Civil Veterinary Department. Central Provinces & Berar 1925-31 - 1925-1931
Year: 1925
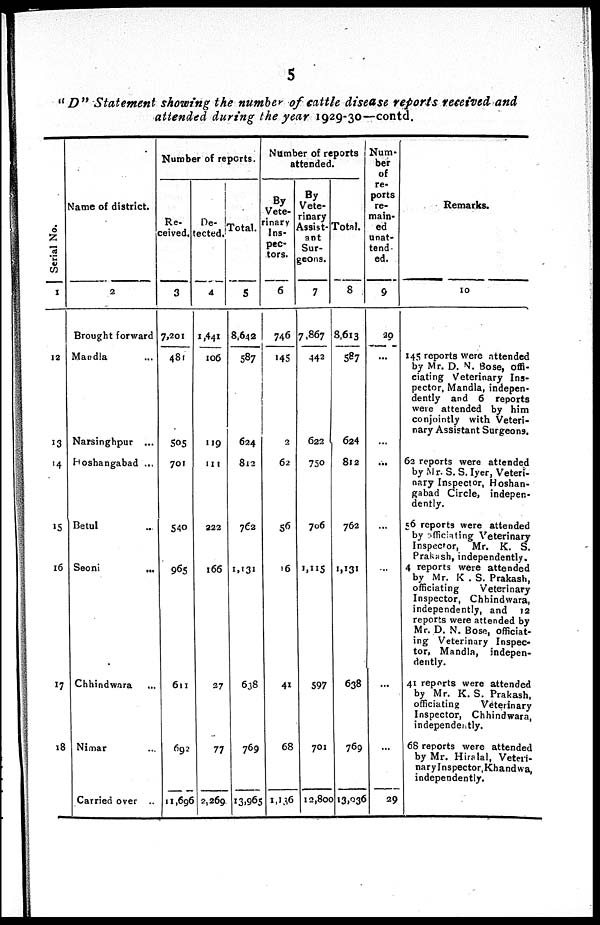
5
"D" Statement showing the number of cattle disease retorts received and
attended during the year 1929-30—contd.
Serial No.
1
12
13
14
15
16
17
18
Name of district.
2
Brought forward
Mandla ...
Narsinghpur ...
Hosbangabad ...
Betul ...
Seoni
...
Chhindwara ...
Nimar ...
Carried over ...
Number of reports.
Re-
ceived.
3
7,201
481
505
701
540
965
611
692
11,696
De-
ected.
4
1,441
106
119
111
222
166
27
77
2,269
Total.
5
8,642
587
624
842
762
1,131
638
769
13,965
Number of reports
attended.
By
Vete-
rinary
Ins-
pec-
tors.
6
746
145
2
62
56
16
41
68
1,136
By
Vete-
rinary
Assist-
ant
Sur-
geons.
7
7,867
443
622
750
706
1,115
597
701
12,800
Total.
8
8,613
587
624
812
762
1,131
638
769
13,936
Num-
ber
of
re-
ports
re-
main-
ed
unat-
tend-
ed.
9
29
...
...
...
...
...
...
...
29
Remarks.
10
145 reports were attended
by Mr. D. N. Bose, offi-
ciating Veterinary Ins-
pector, Mandla, indepen-
dently and 6 reports
were attended by him
conjointly with Veteri-
nary Assistant Surgeons.
62 reports were attended
by Mr. S. S. Iyer, Veteri-
nary Inspector, Hoshan-
gabad Circle, indepen-
dently.
56 reports were attended
by officiating Veterinary
Inspector, Mr. K. S.
Prakash, independently.
4 reports were attended
by Mr. K . S. Prakash,
officiating
Veterinary
Inspector, Chhindwara,
independently, and 12
reports were attended by
Mr. D. N. Bose, officiat-
ing Veterinary Inspec-
tor, Mandla, indepen-
dently.
41 reports were attended
by Mr. K. S. Prakash,
officiating
Veterinary
Inspector, Chhindwara,
independently.
68 reports were attended
by Mr. Hiralal, Veteti-
narylnspector Khandwa,
independently.